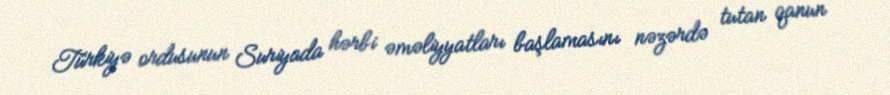
Türkiyə ordusunun Suriyada hərbi əməliyyatları başlamasını nəzərdə tutan qanun